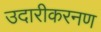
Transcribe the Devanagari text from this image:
उदारीकरनण